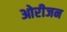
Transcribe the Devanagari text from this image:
ओरीजन